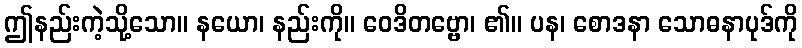
ဤနည်းကဲ့သို့သော။ နယော၊ နည်းကို။ ဝေဒိတဗ္ဗော၊ ၏။ ပန၊ စောဒနာ သောဓနာပုဒ်ကို